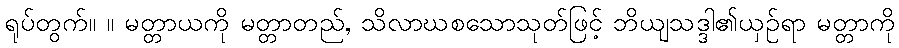
ရုပ်တွက်။ ။ မတ္တာယကို မတ္တာတည်, သိလာဃစသောသုတ်ဖြင့် ဘိယျသဒ္ဒါ၏ယှဉ်ရာ မတ္တာကို